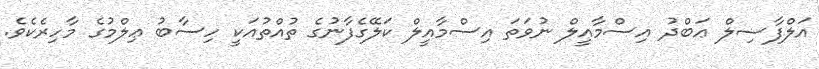
އަލްފާޟިލް ޢަބްދު އިސްމާއީލް ނުވަތަ އިސްމާއީލް ކަލޭގެފާނުގެ ތުއްތުއަކީ ހިސާބު ޢިލްމުގެ މާހިރެކެވެ.